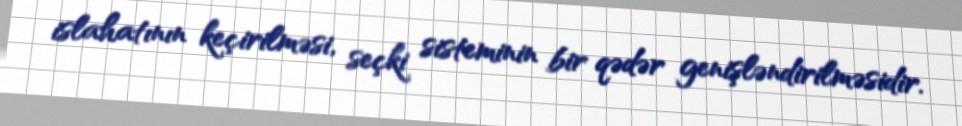
islahatının keçirilməsi, seçki sisteminin bir qədər genişləndirilməsidir.